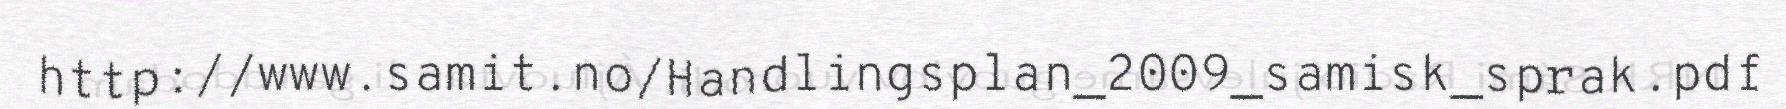
http://www.samit.no/Handlingsplan_2009_samisk_sprak.pdf